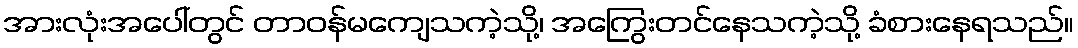
အားလုံးအပေါ်တွင် တာဝန်မကျေသကဲ့သို့၊ အကြွေးတင်နေသကဲ့သို့ ခံစားနေရသည်။